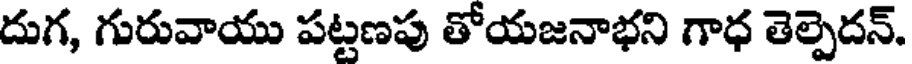
దుగ, గురువాయు పట్టణపు తోయజనాభని గాధ తెల్పెదన్.